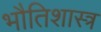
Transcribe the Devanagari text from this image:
भौतिशास्त्र